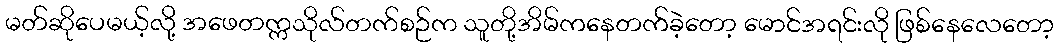
မတ်ဆိုပေမယ့်လို့ အဖေတက္ကသိုလ်တက်စဉ်က သူတို့အိမ်ကနေတက်ခဲ့တော့ မောင်အရင်းလို ဖြစ်နေလေတော့